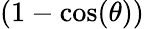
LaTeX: (1-\textrm{cos}(\theta))